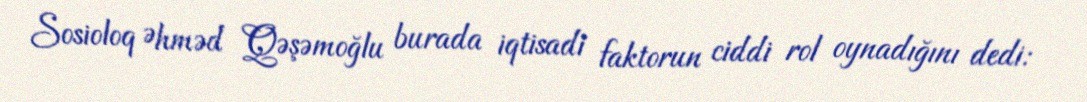
Sosioloq Əhməd Qəşəmoğlu burada iqtisadi faktorun ciddi rol oynadığını dedi: